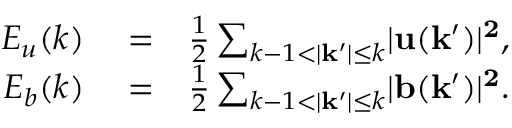
\begin{array} { r l r } { E _ { u } ( k ) } & { { } = } & { \frac { 1 } { 2 } \sum _ { k - 1 < \lvert \mathbf { k ^ { \prime } } \rvert \leq k } \lvert \bf { u } ( \bf { k ^ { \prime } } ) \rvert ^ { 2 } , } \\ { E _ { b } ( k ) } & { { } = } & { \frac { 1 } { 2 } \sum _ { k - 1 < \lvert \mathbf { k ^ { \prime } } \rvert \leq k } \lvert \bf { b } ( \bf { k ^ { \prime } } ) \rvert ^ { 2 } . } \end{array}